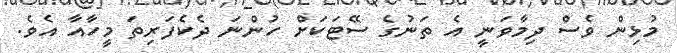
މުޅިން ވެސް ދިމާވަނީ އެ ތަނުގެ ސޭޓަކަށް ހުންނަ ދެކެފަރިތަ މީހާއާ އެވެ.